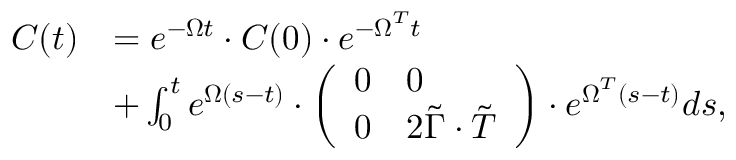
\begin{array} { r l } { \boldsymbol { C } ( t ) } & { = e ^ { - \boldsymbol { \Omega } t } \cdot \boldsymbol { C } ( 0 ) \cdot e ^ { - \boldsymbol { \Omega } ^ { T } t } } \\ & { + \int _ { 0 } ^ { t } e ^ { \boldsymbol { \Omega } ( s - t ) } \cdot \left( \begin{array} { l l } { 0 } & { 0 } \\ { 0 } & { 2 \boldsymbol { \tilde { \Gamma } } \cdot \boldsymbol { \tilde { T } } } \end{array} \right) \cdot e ^ { \boldsymbol { \Omega } ^ { T } ( s - t ) } d s , } \end{array}